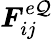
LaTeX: \boldsymbol{F}_{ij}^{e\mathcal{Q}}